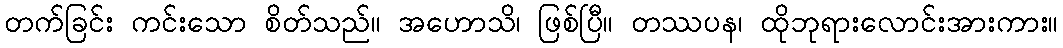
တက်ခြင်း ကင်းသော စိတ်သည်။ အဟောသိ၊ ဖြစ်ပြီ။ တဿပန၊ ထိုဘုရားလောင်းအားကား။